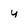
Character: y